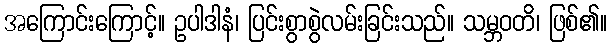
အကြောင်းကြောင့်။ ဥပါဒါနံ၊ ပြင်းစွာစွဲလမ်းခြင်းသည်။ သမ္ဘဝတိ၊ ဖြစ်၏။